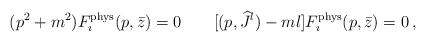
LaTeX: \begin{align*}(p^2+m^2)F_\imath^{\rm phys}(p,\bar z)=0\qquad[(p,{\widehat J}{}^l)-ml]F_\imath^{\rm phys}(p,\bar z)=0\,,\end{align*}